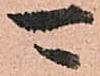
可